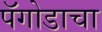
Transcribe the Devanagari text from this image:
पॅगोडाचा